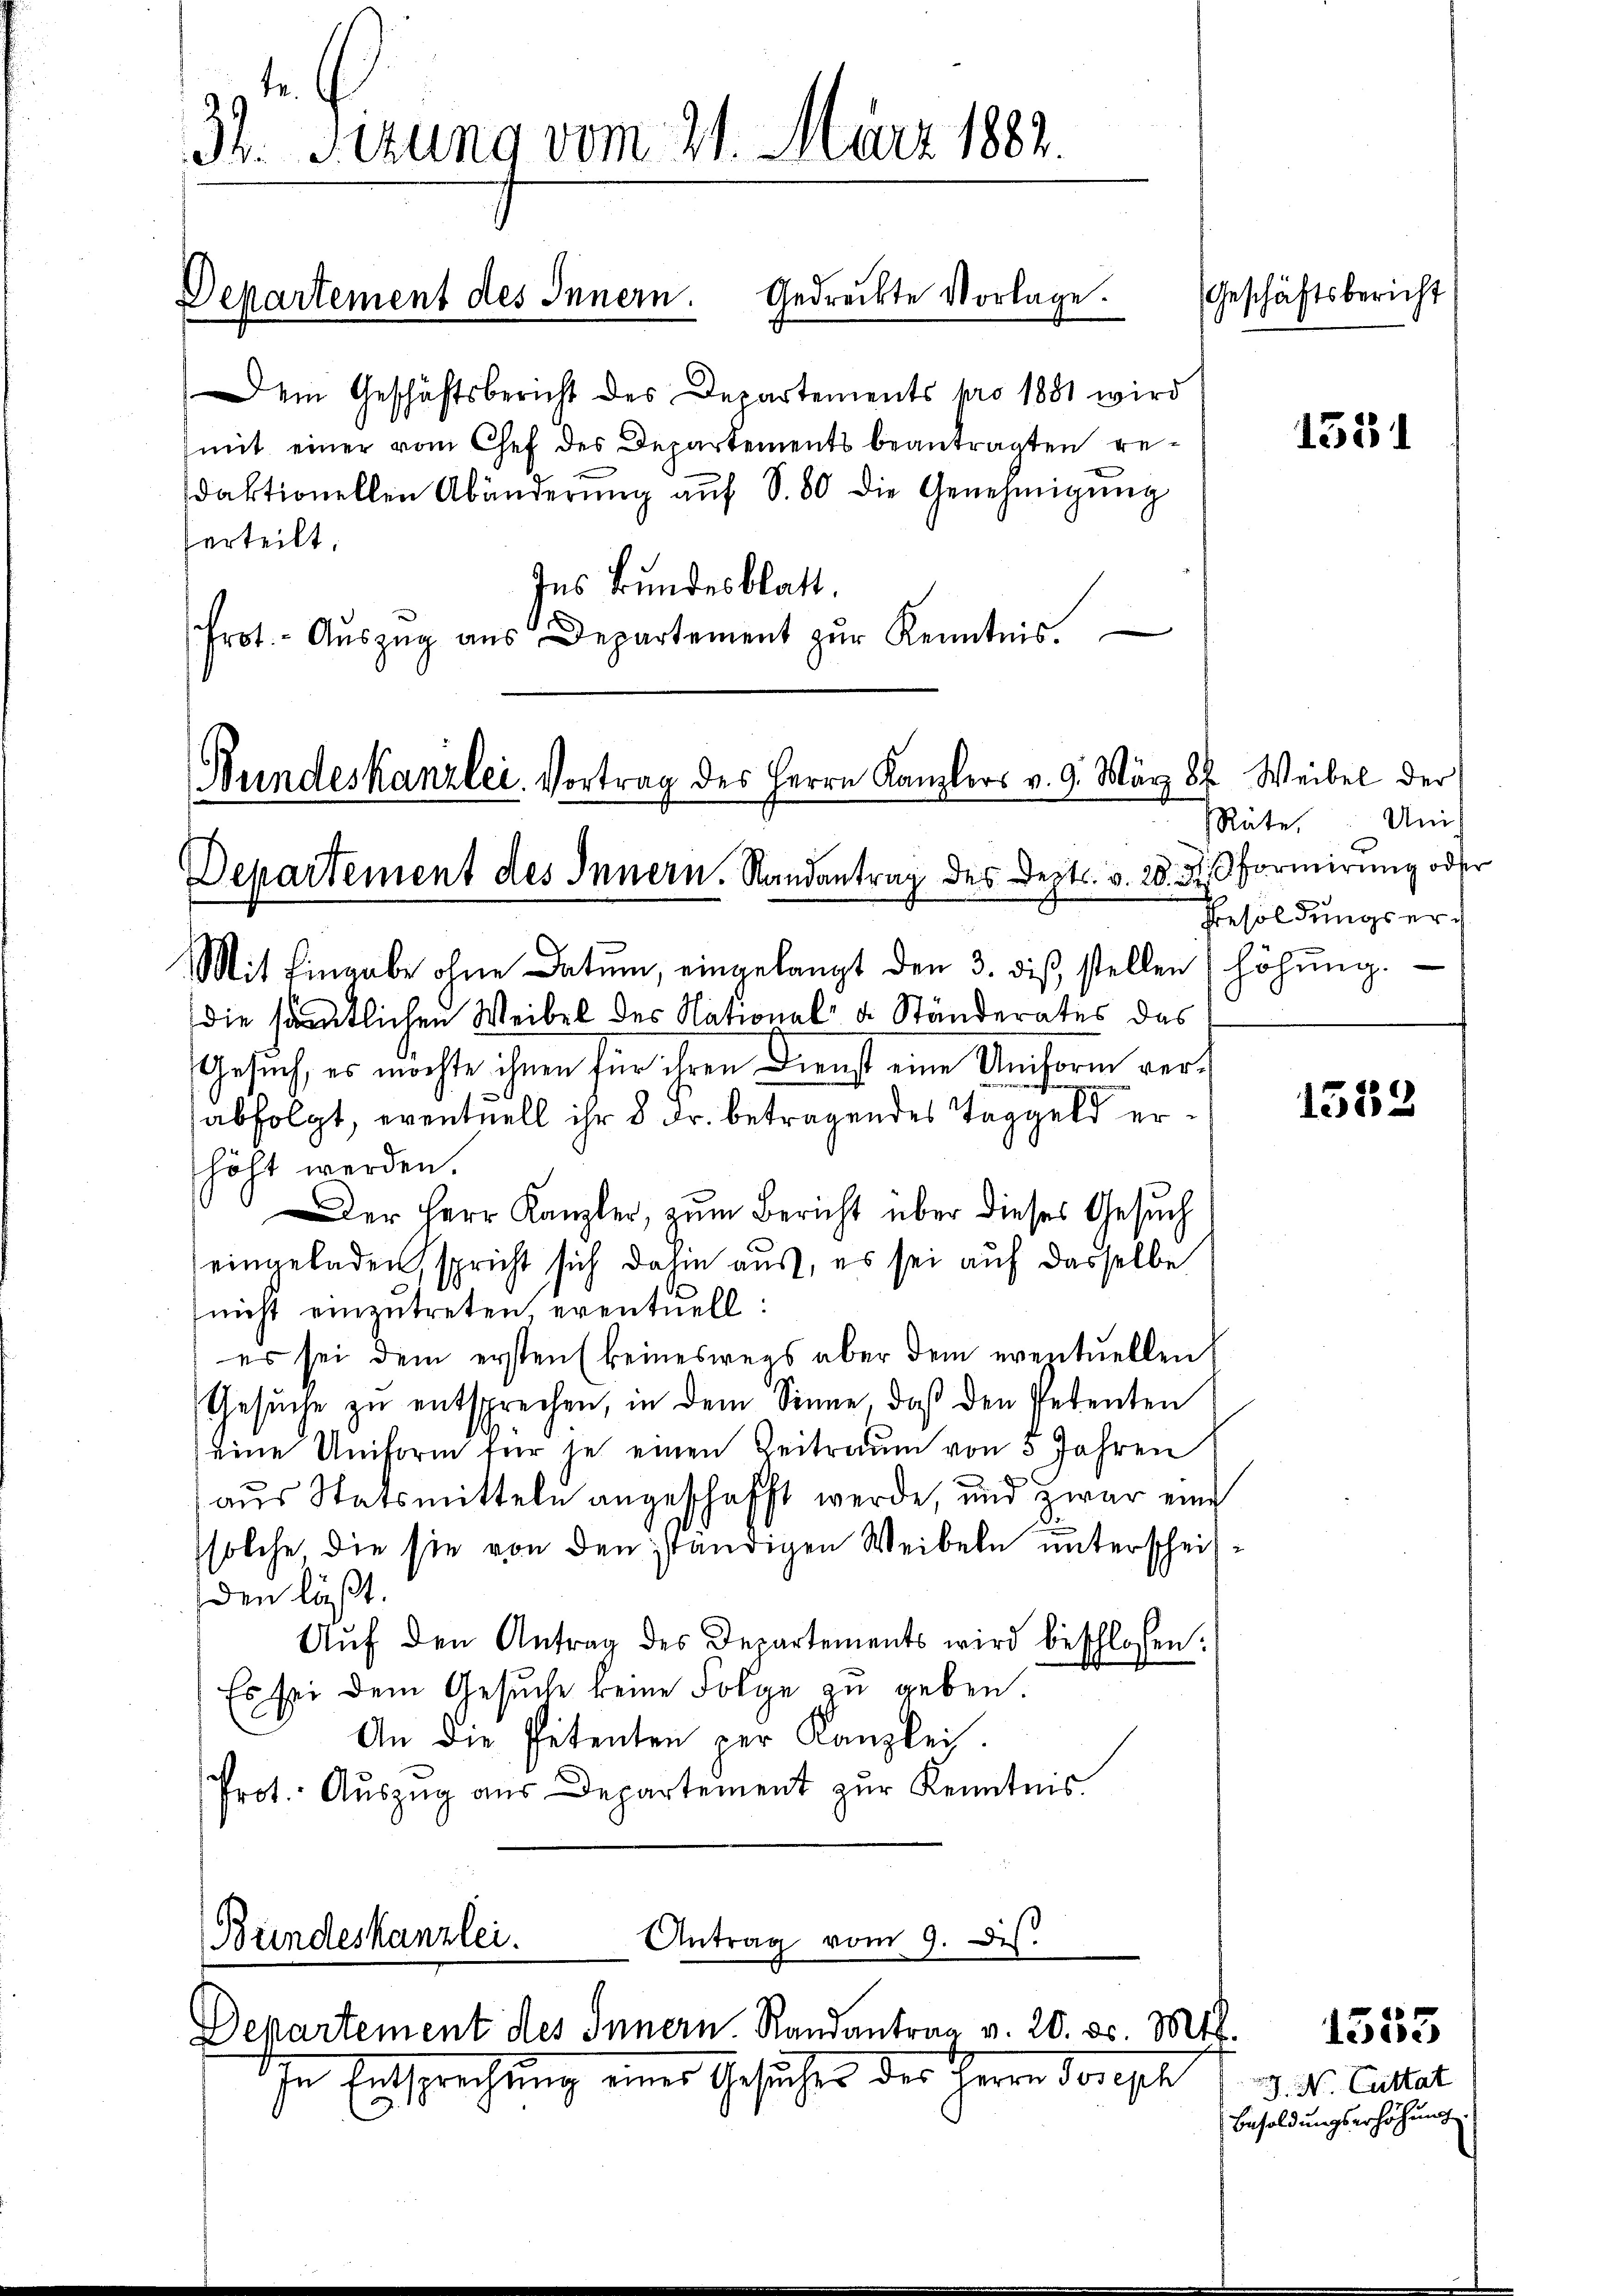
31 Sizung vom 21. März 1882.

Departement des Innern. Gedrückte Vorlage.

Dem Geschäftsbericht des Departements pro 1881 wird
(mit einer vom Chef des Departements beantragten redaktionellen Abänderŭng auf S. 80 die Genehmigŭng
erteilt.
Ins Bundesblatt.
.
Prot. - Aŭszŭg aŭs Departement zŭr Kenntnis.

Bundeskanzlei. Vortrag des Herrn Kanzlers v. 9. März 87. Weibel der
Departement des Innern. Randantrag des Depts. v. 20. di formirung oder
Mit Eingabe ohne Datum, eingelangt den 3. diβ stellen (höhŭng.

In Entsprechung eines Gesuches des Herrn Joseph

die sämmtlichen Weibel des National- u. Ständerates das
Gesuch, es möchte ihnen für ihren Dienst eine Uniform verabfolgt, eventuell ihr 8 Fr. betragendes Taggeld erhöht werden.
Der Herr Kanzler, zum Bericht über dieses Gesuch
eingeladen, spricht sich dahin aus, es sei auf dasselbe
(nicht einzutreten, eventuell:
es sei dem ersten (keineswegs aber dem eventuellen,
Gesuche zu entsprechen, in dem Sinne, daß den Petenten
eine Uniform für je einen Zeitraum von 5 Jahren
aus Statsmitteln angeschafft werde, und zwar eine
solche, die sie von den ständigen Weibeln unterscheiiden läßt.
Aŭf den Antrag des Departements wird beschlossen:
Es sei dem Gesuche keine Folge zu geben.
An die Petenten per Kanzlei.
Prot. Aŭszŭg aŭs Departement zŭr Kenntnis.

Antrag vom 9. des.
Bundeskanzlei.
Departement des Innern. Randantrag v. 20. d. Mtt.

Geschäftsbericht

Räte. Un
Besoldungser¬

J. N. Cultat
Besoldungserhöhung

1531

1533

1353